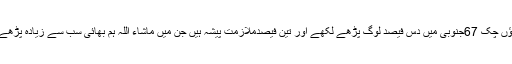
سرگودھا کے ایک پسیماندہ گاؤں چک 67جنوبی میں دس فیصد لوگ پڑھے لکھے اور تین فیصدملازمت پیشہ ہیں جن میں ماشاء اللہ ہم بھائی سب سے زیادہ پڑھے لکھے اور ملازمت یافتہ ہیں۔